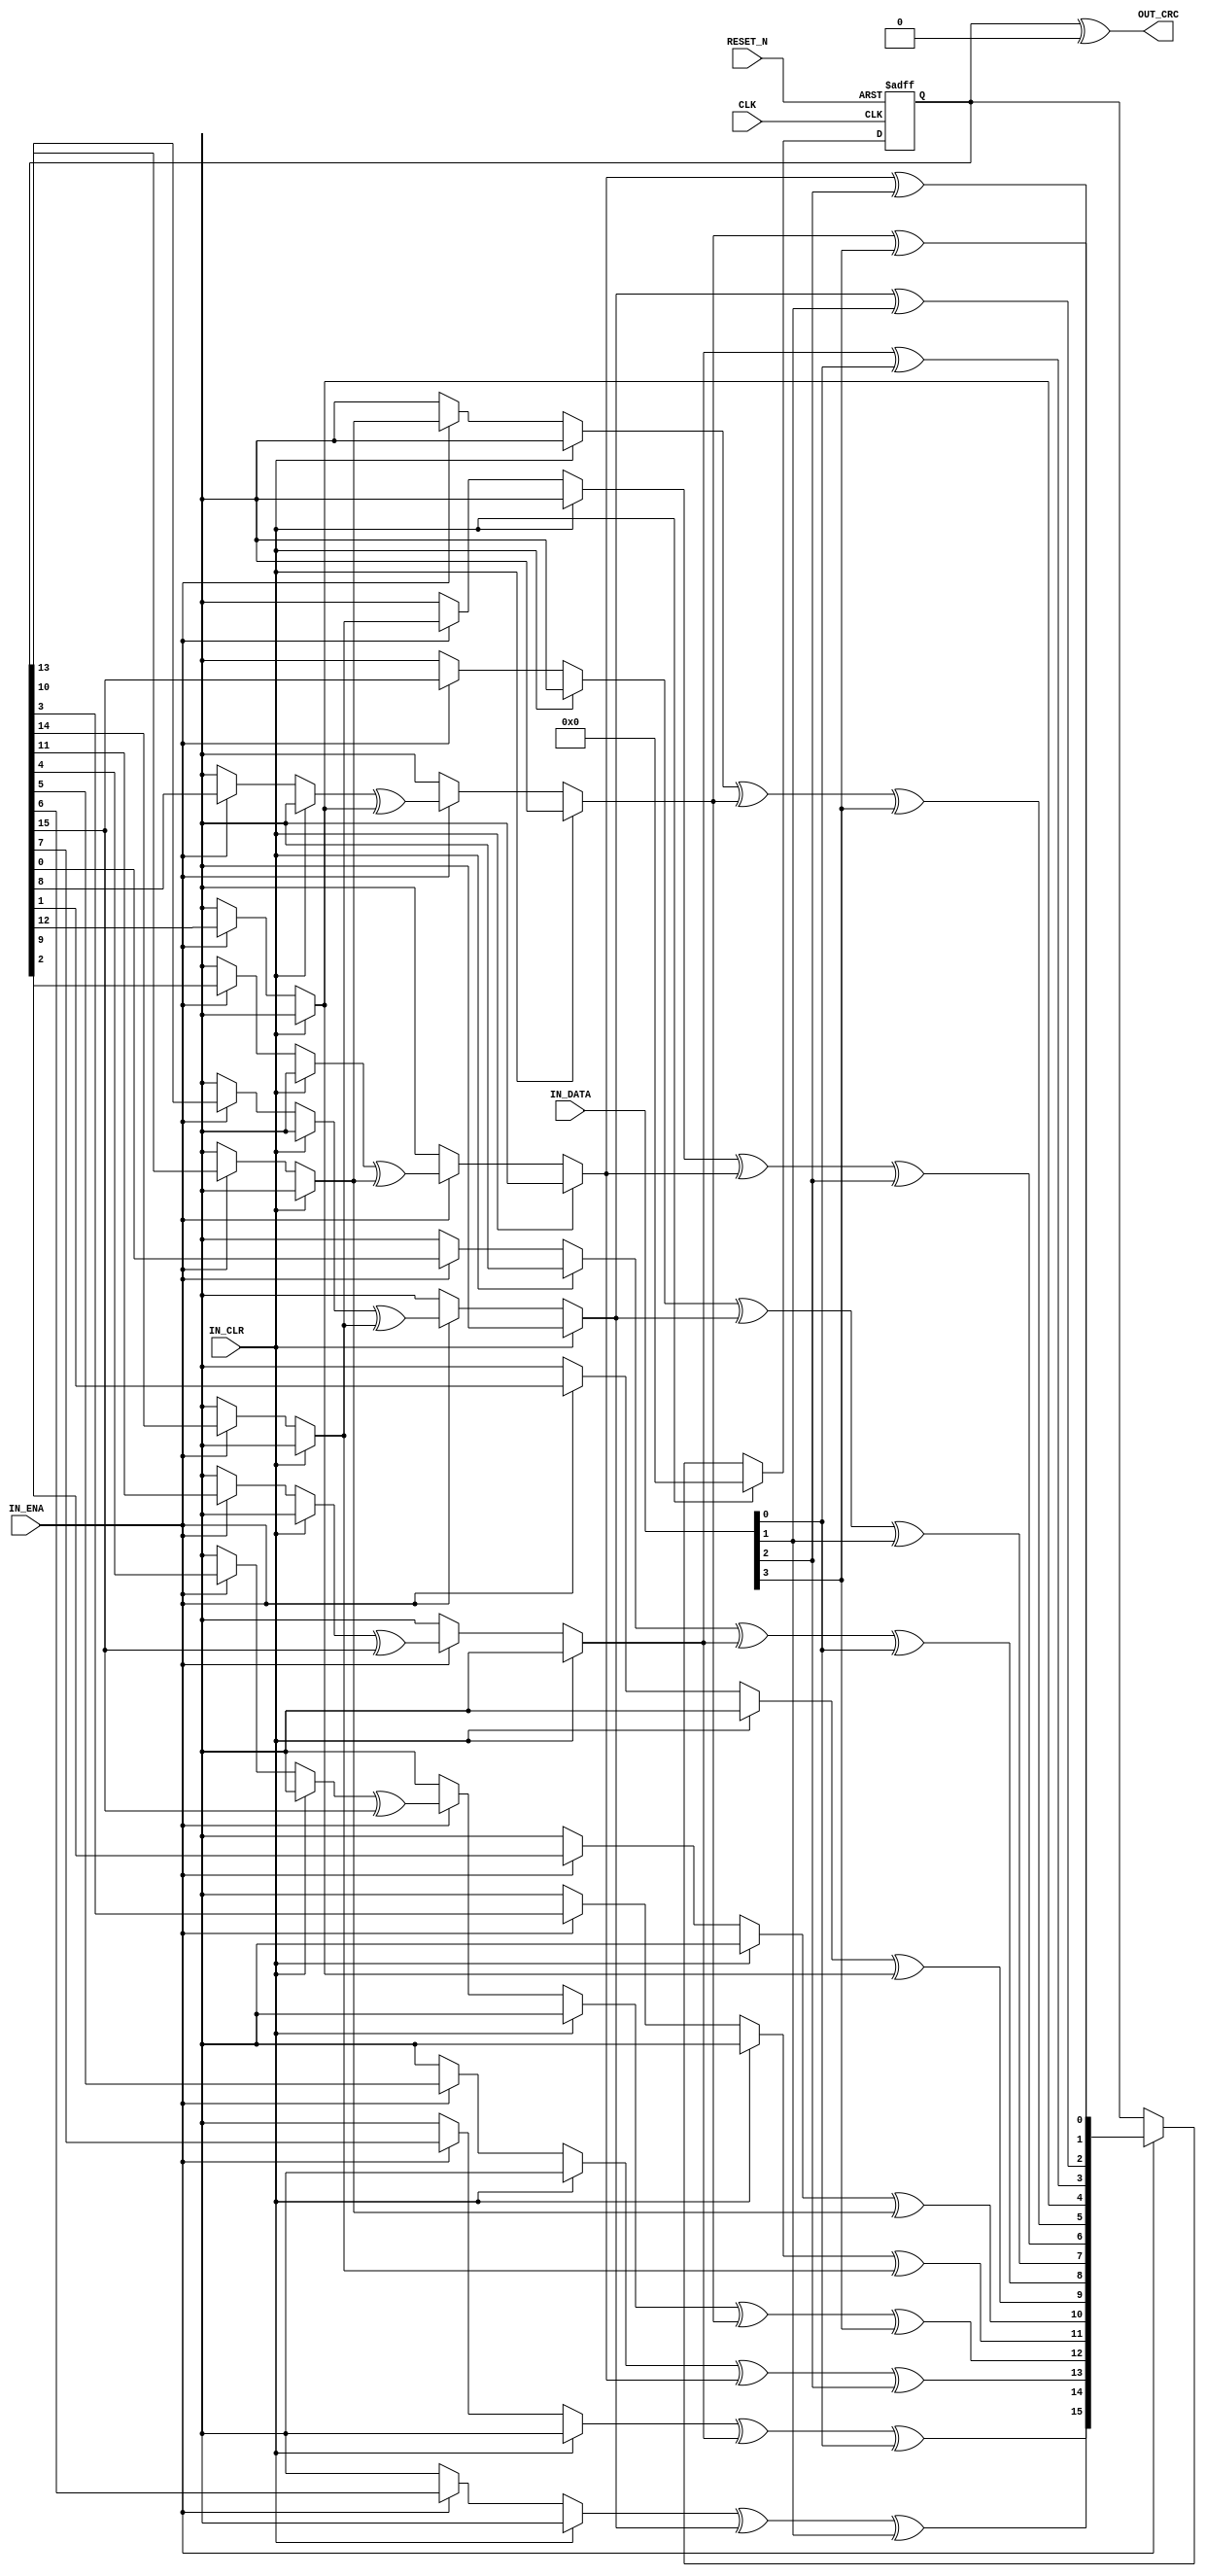
/************************************************************************
* Title     : CRC Calculator
* Design    : kingyo
* Reference : https://www.rightxlight.co.jp/technical/crc-verilog-hdl
*************************************************************************/
module crc # (
    parameter DATA_WIDTH = 8,                       //% 
    parameter CRC_WIDTH = 16,                       //% CRC
    parameter [CRC_WIDTH-1:0] POLYNOMIAL = 16'h1021,//% 
    parameter [CRC_WIDTH-1:0] SEED_VAL = 16'h0,     //% 
    parameter OUTPUT_EXOR = 16'h0                   //% 
) (
    input CLK,                          //% 
    input RESET_N,                      //% ()
    input IN_CLR,                       //% CRC
    input IN_ENA,                       //% 
    input [DATA_WIDTH-1:0] IN_DATA,     //% 
    output [CRC_WIDTH-1:0] OUT_CRC      //% CRC
);
    reg [CRC_WIDTH-1:0] crc_reg;
    
    /*! CRC
    */
    function [CRC_WIDTH-1:0] crc_calc;
        input [CRC_WIDTH-1:0] in_crc;
        input in_data;
        integer i;
    begin
        for (i = 0; i < CRC_WIDTH; i = i + 1) begin
                crc_calc[i] = 1'b0;
            if (i != 0)
                crc_calc[i] = in_crc[i-1];
            if (POLYNOMIAL[i])
                crc_calc[i] = crc_calc[i] ^ in_crc[CRC_WIDTH-1] ^ in_data;
        end
    end
    endfunction
    
    /*! CRC
    */
    function [CRC_WIDTH-1:0] crc_calc_l;
        input [CRC_WIDTH-1:0] in_crc;
        input [DATA_WIDTH-1:0] in_data;
        integer i;
        begin
            crc_calc_l = in_crc;
            for (i = 0; i < DATA_WIDTH; i = i + 1) begin
                crc_calc_l = crc_calc(crc_calc_l, in_data[(DATA_WIDTH-1)-i]);
            end
        end
    endfunction
    
    /*! CRC
    */
    always @(posedge CLK or negedge RESET_N) begin
        if (~RESET_N)
            crc_reg <= SEED_VAL;
        else begin
            if (IN_CLR)
                crc_reg <= SEED_VAL;
            else if (IN_ENA)
                //crc_reg <= crc_calc_l(crc_reg, IN_DATA); // refin = false
                crc_reg <= crc_calc_l(crc_reg, {IN_DATA[0], IN_DATA[1], IN_DATA[2], IN_DATA[3]}); // refin = true
        end
    end
    
    assign OUT_CRC = crc_reg ^ OUTPUT_EXOR;

endmodule